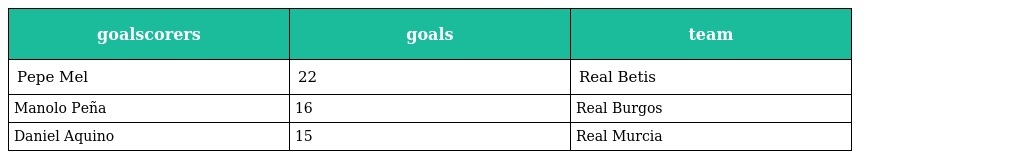
| goalscorers | goals | team |
 | --- | --- | --- |
 | Pepe Mel | 22 | Real Betis |
 | Manolo Peña | 16 | Real Burgos |
 | Daniel Aquino | 15 | Real Murcia |